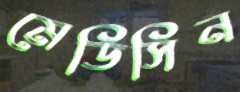
মেডিসিন